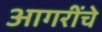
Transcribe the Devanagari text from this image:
आगरींचे